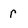
Character: r